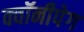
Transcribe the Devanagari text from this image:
क्वॉनीपेग